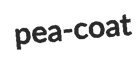
pea-coat